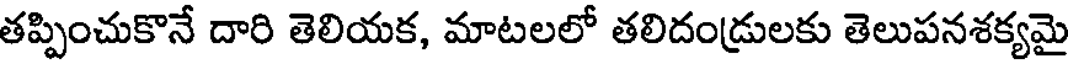
తప్పించుకొనే దారి తెలియక, మాటలలో తలిదండ్రులకు తెలుపనశక్యమై